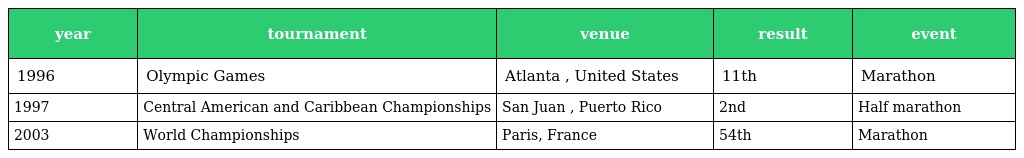
| year | tournament | venue | result | event |
 | --- | --- | --- | --- | --- |
 | 1996 | Olympic Games | Atlanta , United States | 11th | Marathon |
 | 1997 | Central American and Caribbean Championships | San Juan , Puerto Rico | 2nd | Half marathon |
 | 2003 | World Championships | Paris, France | 54th | Marathon |